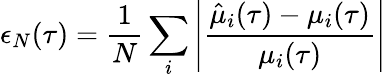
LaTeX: \epsilon_{N}(\tau)=\frac{1}{N}\sum_{i}\left|\frac{\hat{\mu}_{i}(\tau)-\mu_{i}(\tau)}{\mu_{i}(\tau)}\right|